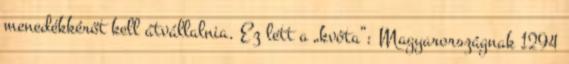
menedékkérőt kell átvállalnia. Ez lett a „kvóta”: Magyarországnak 1294